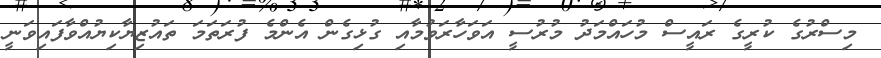
މިސްރުގެ ކުރީގެ ރައީސް މުހައްމަދު މުރުސީ އަވަހާރަވުމާއި ގުޅިގެން އެންމެ ފުރަތަމަ ތައުޒިޔާކިޔުއްވާފައިވަނީ